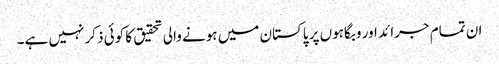
ان تمام جرائد اور وبگاہوں پر پاکستان میں ہونے والی تحقیق کا کوئی ذکر نہیں ہے۔